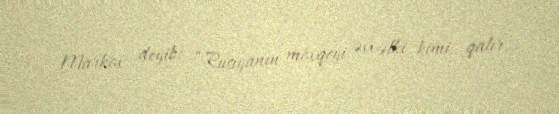
Markov deyib: “Rusiyanın mövqeyi əvvəlki kimi qalır.